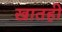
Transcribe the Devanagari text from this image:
खातही